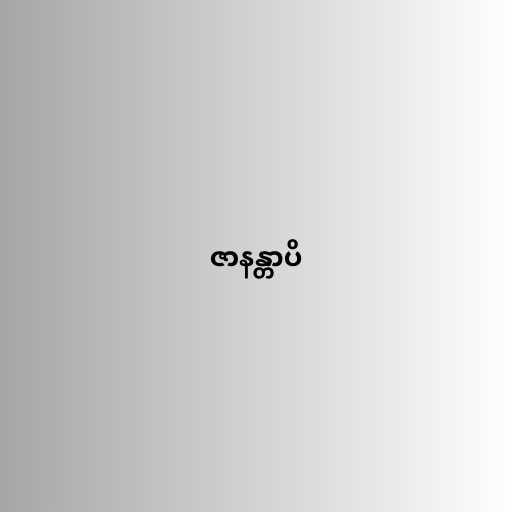
ဇာနန္တာပိ